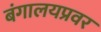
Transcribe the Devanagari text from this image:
बंगालयप्रवर